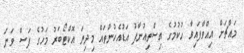
މައްޗަށް އިއްވާފައިވާ ހުކުމުގެ އިސްތިއުނާފު އަޑުއެހުންތައް މިދިޔަ އޮކްޓޯބަރު މަހުގެ ފަސް ވަނަ